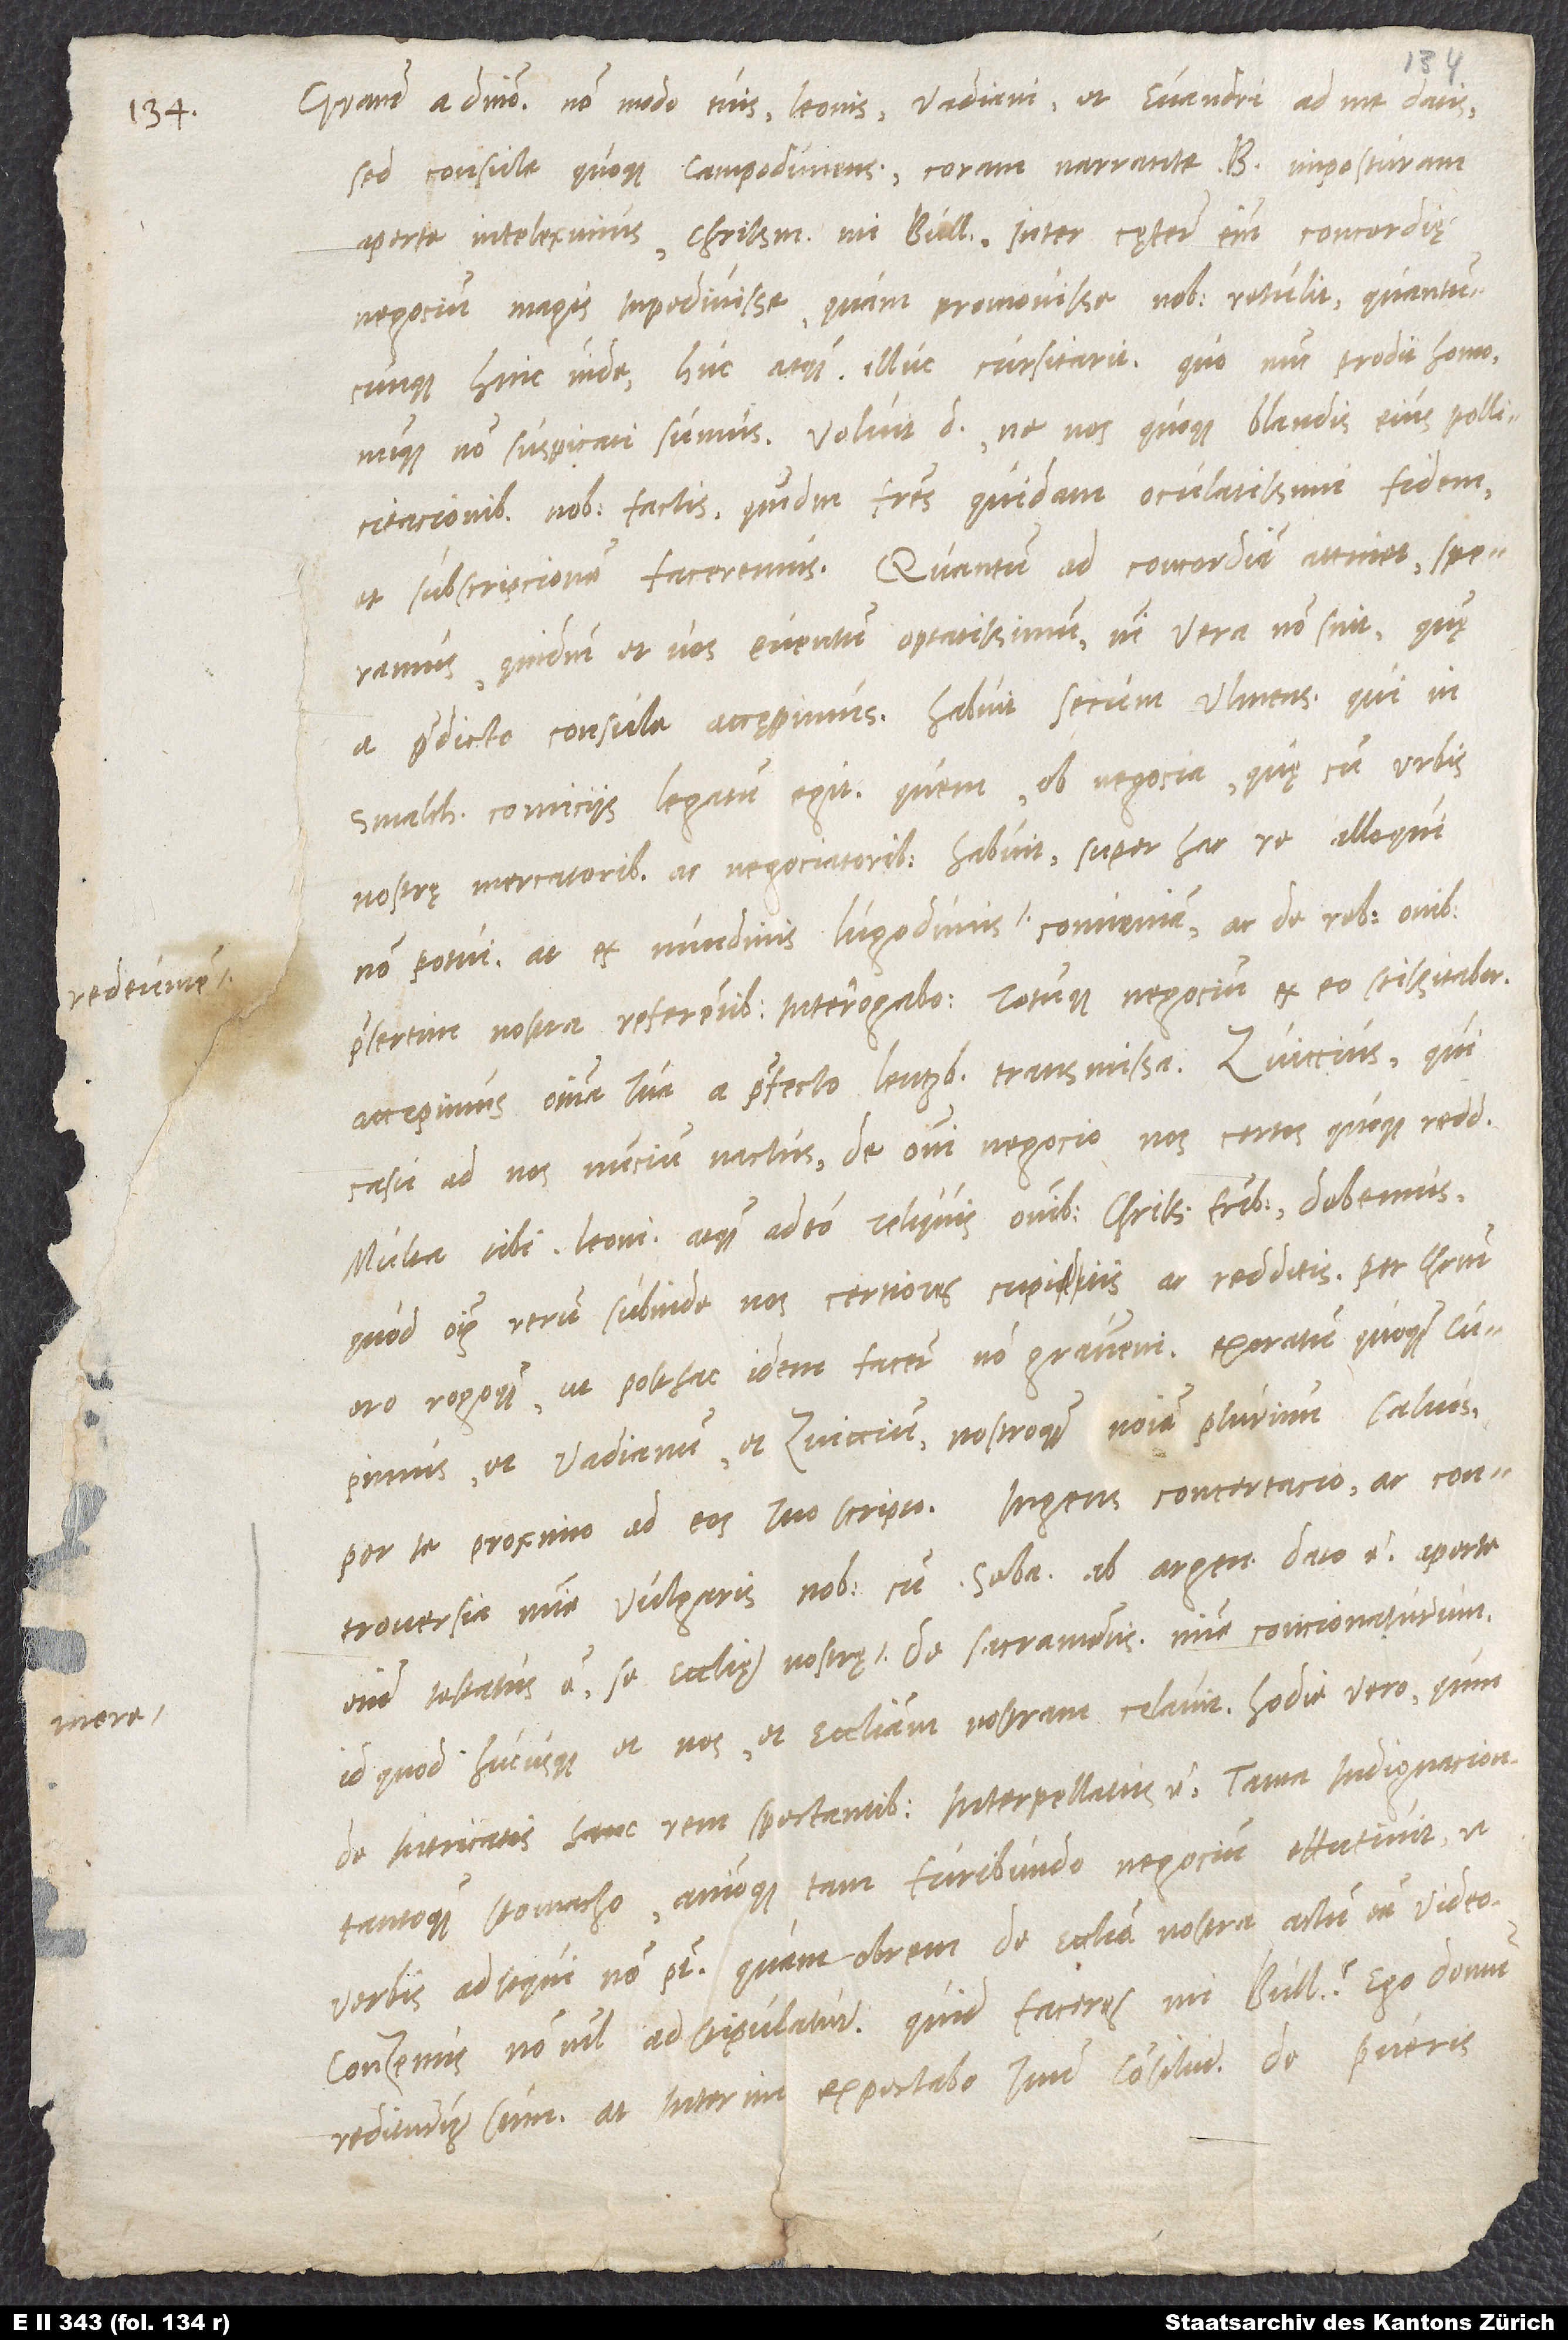
Gratiam a domino. Non modo tuis, Leonis, Vadiani et Euandri ad me datis,
sed consule quoque Campodunensi coram narrante B comiciis legatum
nostrę mercatoribus ac negociatoribus habuit, super hac re alloqui
non potui; at ex nundinis Lugodunis redeuntem conveniam ac de rebus omnibus,
praesertim nostra referentibus interrogabo totumque negocium ex eo sciscitabor.
Accepimus omnia tua a praefectu Lentzb transmissa. Zviccius, qui
casu ad nos nuncium nactus de omni negocio nos certos quoque reddidit
Multa. tibi, Leoni atque adeo reliquis omnibus charissimis fratribus debemus,
quod omnium rerum subinde nos certiores cupitis ac redditis. Per Christum
oro rogoque, ut posthac idem facere non gravemini. Exoratum quoque cupimus
Vadianum et Zviccium nostroque nomine plurimum salvos
per te proximo ad eos tuo scripto. Ingens concertacio ac controversia minime
enim testatus est se ecclesiae nostrę mere de sacramentis minime concionaturum,
id quod hucusque et nos et ecclesiam nostram celavit. Hodie vero, quin
de intricatis hanc rem spectantibus interpellatus est, tanta indignacione
tantoque stomacho animoque tam furibundo negocium effutivit, ut
verbis adsequi non potest. Quamobrem de ecclesia nostra actum esse video.
Conzenus nonnihil adstipulatur. Quid faceres, mi Bullingere? Ego domum
rediturus sum, at interim expectabo tuum consilium. De pueris